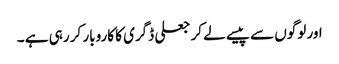
اور لوگوں سے پیسے لے کر جعلی ڈگری کا کاروبار کر رہی ہے ۔